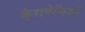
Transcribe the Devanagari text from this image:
कैरावेजिओ